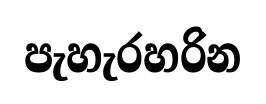
පැහැරහරින